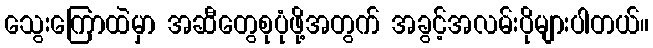
သွေးကြောထဲမှာ အဆီတွေစုပုံဖို့အတွက် အခွင့်အလမ်းပိုများပါတယ်။